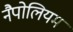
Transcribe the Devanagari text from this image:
नैपोलियम